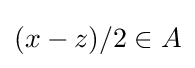
(x-z)/2\in A